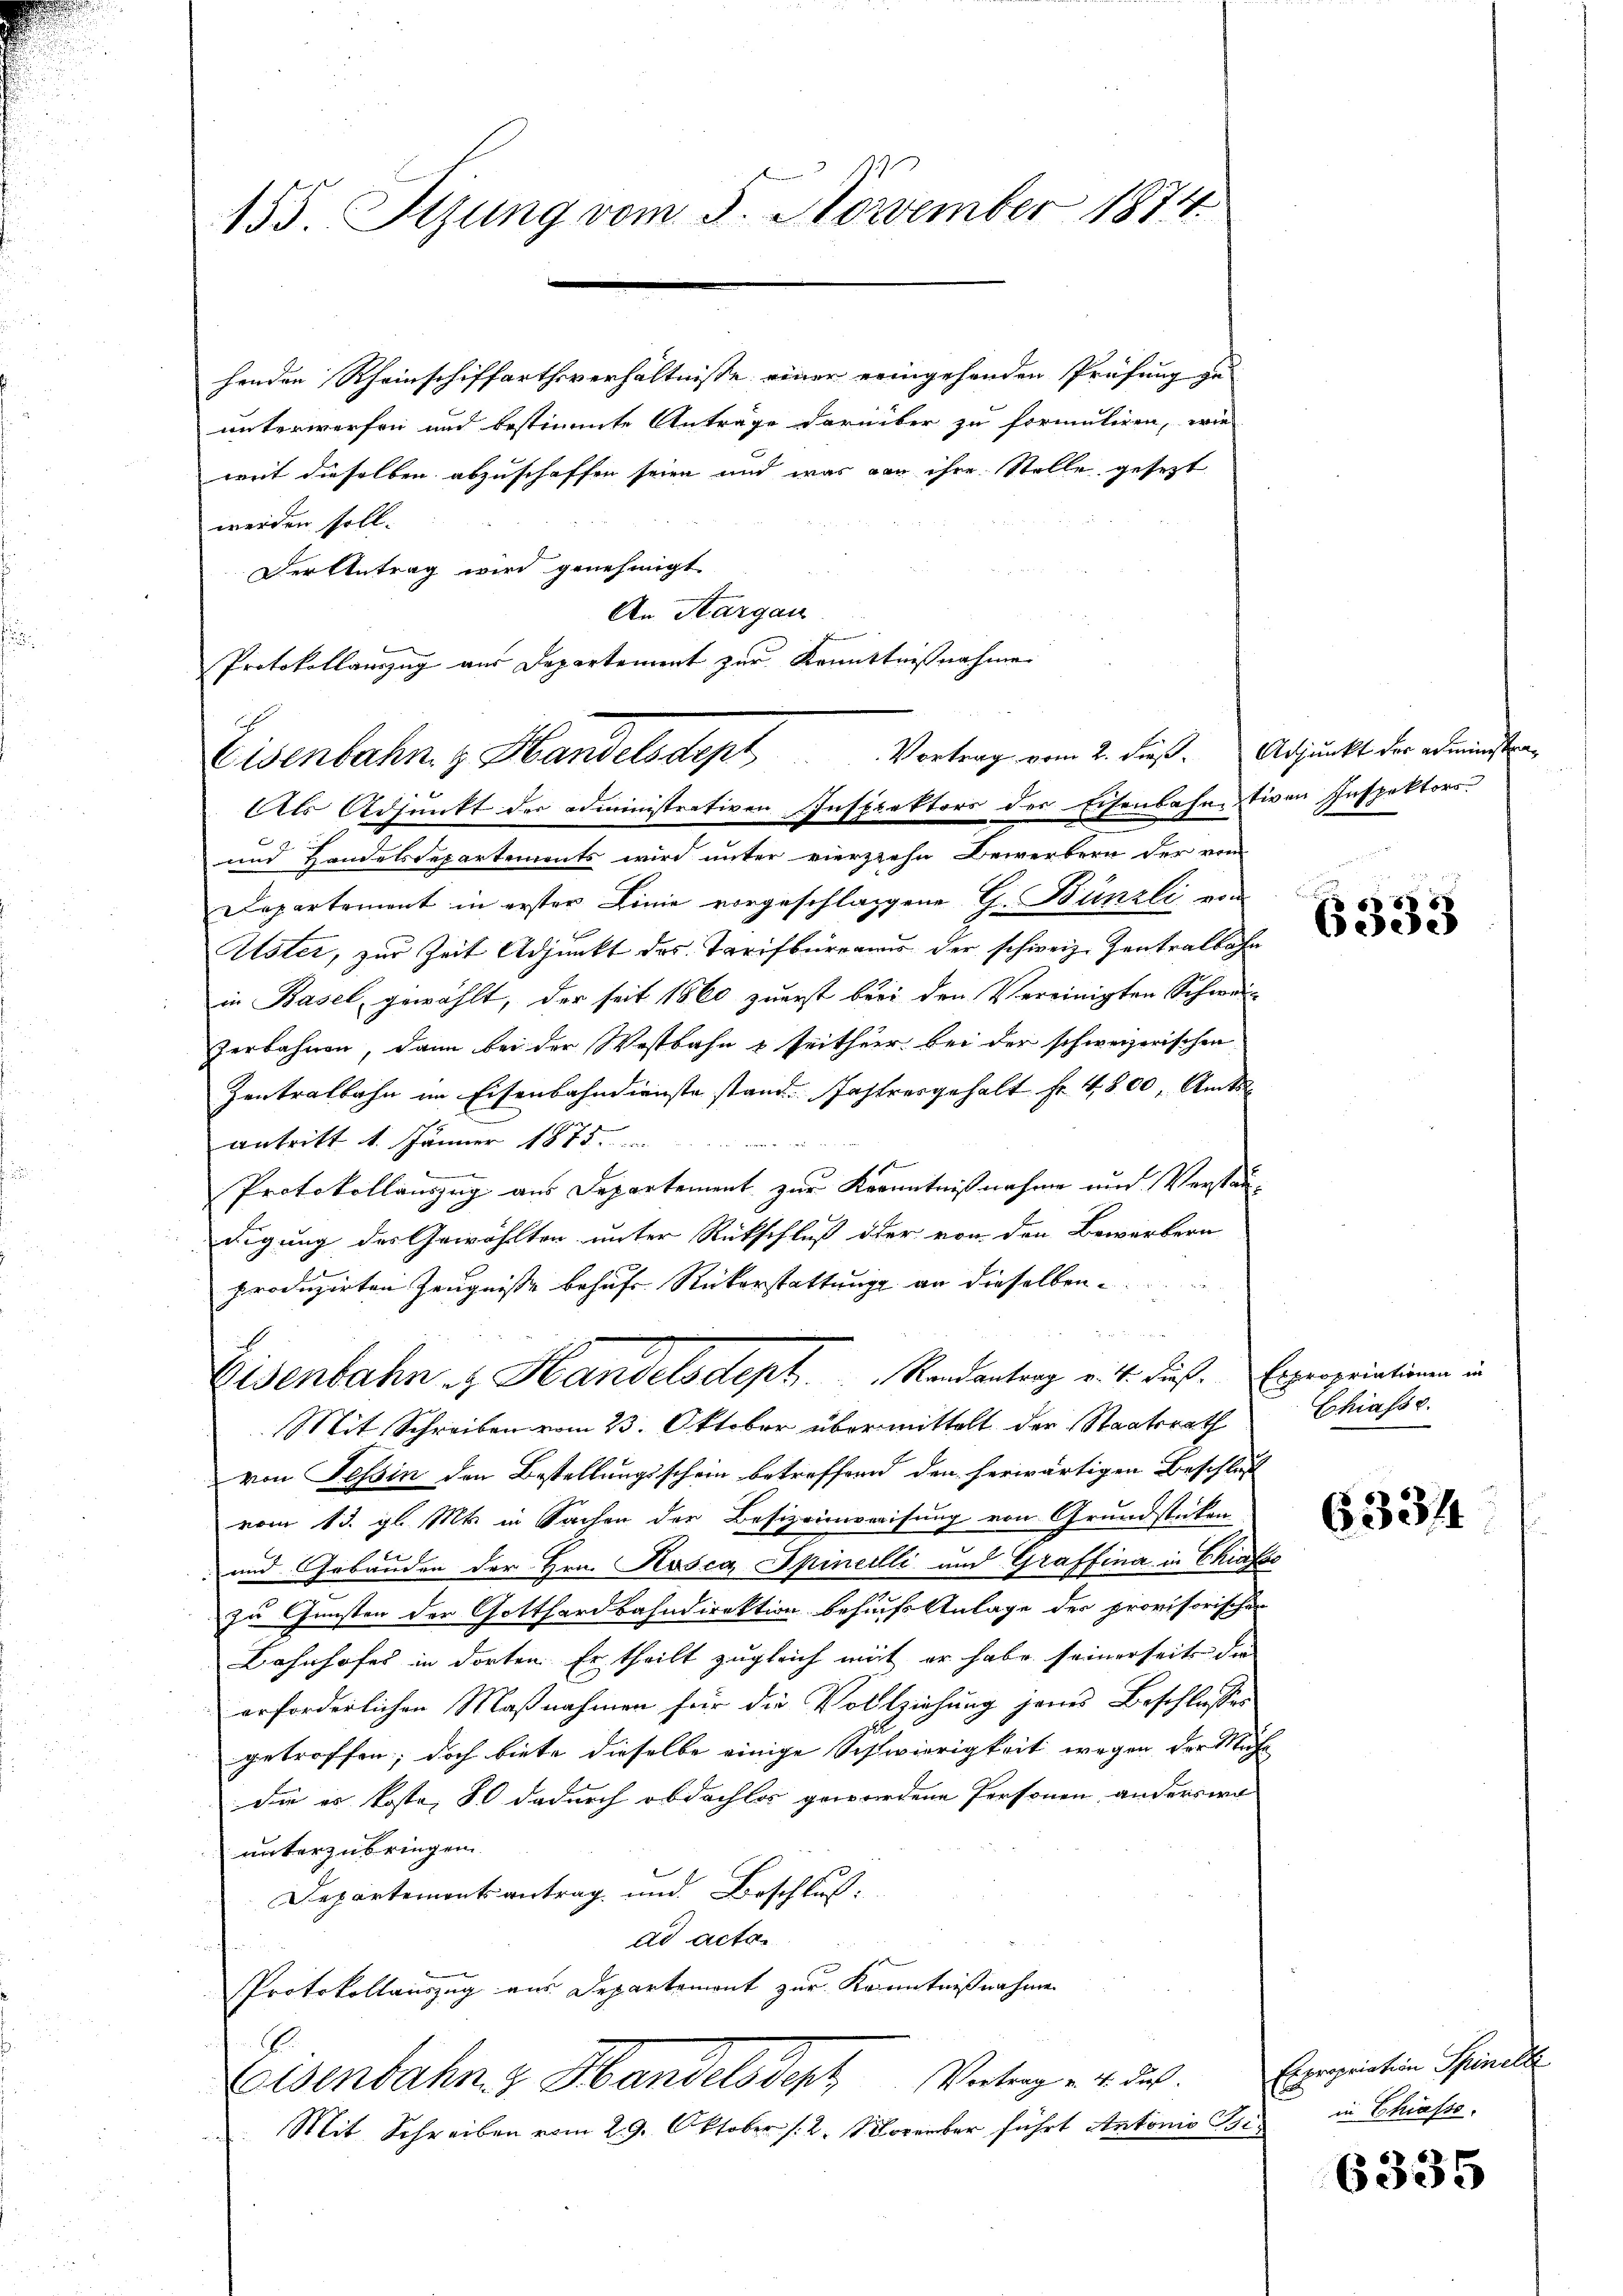
155. Sizung vom 5. November 1874

henden Rheinschiffarthsverhältnisse einer eringehenden Prüfung zu
unterworfen und bestimmte Anträge darüber zu formuliren, wie
weit dieselben abzuschaffen seien und was von ihre Stelle gesezt
werden soll.
Vertretrag wird genehmigt.
An Kargau
Als Adjunkt der administrativen Inspektors der Eisenbahntiven Inspektors
und Handelsdepartements wird unter vierziehe Bewerbern der vom
Departement in erster Linie vorgeschlaggene G. Bünzli von
Uster, zur Zeit Adjunkt des Tarifbureaus der schweiz. Zentralbahn
in Basel, gewählt, der seit 1860 zuerst bei den Vereinigten Schwar¬
Zerbahnen, dann bei der Wostbahn & seither bei der schweizerischen
Zentralbahn im Eisenbahndienste stand. Jahresgehalt Fr. 4800, Amts
antritt 1. Jänner 1875 n
Protokollauszug aus Departement zur Kenntnißnahme und Verständigung des Gewählten unter Rückschluß der von den Bewerbern
produzirten Zeugnisse behufs Rückerstattung an dieselben
Eisenbahn zu Handelsdept . . . . . .  Randantrag v. 4. dieß. Erpropriationen in
Mit Schreiben vom 23. Oktober übermittelt der Staatsrath
von Tessin den Bestellungsschein betreffend den herwärtigen Beschlus
vom 13. gl. Mts. in Sachen der Besizeinweisung von Grundsticken
und Gebäuden der Hrn. Kosca Spinelli aus Graffina in Chiafa
zu Gunsten der Gotthardbahndirektion behufs Anlage der provisorischen
Bahnhofes in dorten Ertheilt zugleich mit er habe seinerseits die
erforderlichen Maßnahmen für die Vollziehung jenes Beschlosses
getroffen; doch biete dieselbe einige Schwierigkeit wegen der Mache
die er koste, so dadurch obdachlos gewordene Personen anderswo
unterzubringen
Departementsantrag und Beschluß:
ad acta
Protokollauszug aus Departemont zur Kenntnißnahme
Eisenbahn z. Handelsdorf, Vertrag. 4. Feb.
Mit Schreiben vom 29. Oktober /: 2. November führt Antonio Szi¬

Protokollauszug aus Departement zur Kenntnißnahme
Eisenbahn, z. Handelsdept Vortrag vom 2. dieß. Adjunkt der administra¬

e

6333

Chiasse.

633/4

Expropriation Spinelle
in Chiasso.

6335